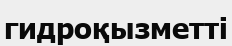
гидроқызметті